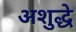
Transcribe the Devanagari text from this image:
अशुद्धे